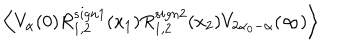
\left\langle V _ { \alpha } ( 0 ) R _ { 1 , 2 } ^ { s i g n 1 } ( x _ { 1 } ) R _ { 1 , 2 } ^ { s i g n 2 } ( x _ { 2 } ) V _ { 2 \alpha _ { 0 } - \alpha } ( \infty ) \right\rangle